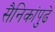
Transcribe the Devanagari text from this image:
सैनिकांपुढे